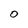
Character: O